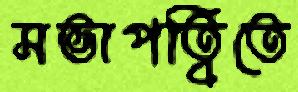
সভাপত্বিতে